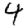
Digit: 4